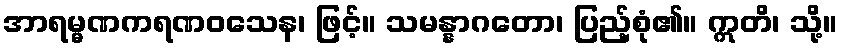
အာရမ္မဏကရဏဝသေန၊ ဖြင့်။ သမန္နာဂတော၊ ပြည့်စုံ၏။ ဣတိ၊ သို့။